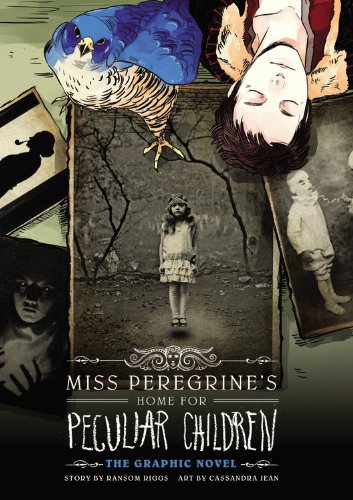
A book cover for Miss Peregrine's Home for Peculiar Children: The Graphic Novel; Ransom Riggs; Comics & Graphic Novels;